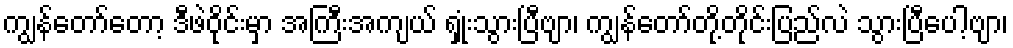
ကျွန်တော်တော့ ဒီဖဲဝိုင်းမှာ အကြီးအကျယ် ရှုံးသွားပြီဗျာ၊ ကျွန်တော်တို့တိုင်းပြည်လဲ သွားပြီပေါ့ဗျာ၊